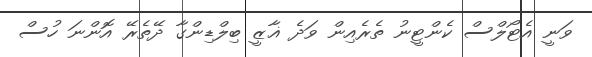
ވަނީ އެޓޯލްސް ކެންޓީނު ތެރެއިން ވަދެ ޣާޒީ ބިލްޑިންގާ ދޭތެރޭ އޮންނަ ހުސް